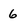
Character: 6